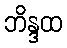
ဘိန္ဒထ